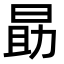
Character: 勗